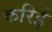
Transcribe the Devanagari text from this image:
करिई